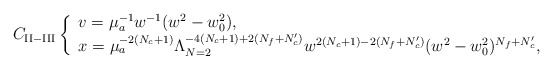
\begin{align*}C_{{\rm II-III}}\left\{ \begin{array}{l} v=\mu_a^{-1}w^{-1}(w^2-w_0^2), \\ x=\mu_a^{-2(N_c+1)}\Lambda_{N=2}^{-4(N_c+1)+2(N_f+N_c')} w^{2(N_c+1)-2(N_f+N_c')}(w^2-w_0^2)^{N_f+N_c'}, \end{array} \right.\end{align*}